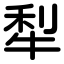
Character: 犁